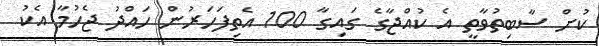
ކުށް ސާބިތުވާތީ އެ ކުއްޖާގެ ގައިގާ 100 އެތިފަހަރުން ހައްދު ޖެހުމާ އެކު